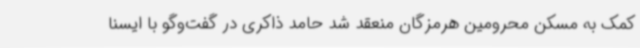
کمک به مسکن محرومین هرمزگان منعقد شد حامد ذاکری در گفت‌وگو با ایسنا